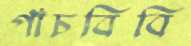
পাঁচবিবি